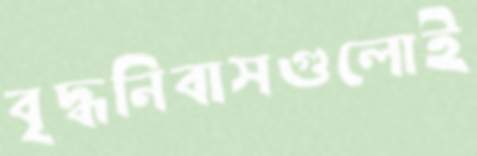
বৃদ্ধনিবাসগুলোই